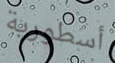
أسطورية